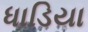
ધાડિયા